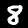
Digit: 8